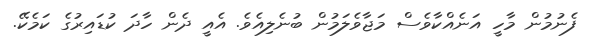
ފެނުމުން މާހީ އަނެއްކާވެސް މަޖާވެލަމުން ބުނެލިއެވެ. އެއީ ދެން ހާދަ ކުޑައިރުގެ ކަމެކޭ.